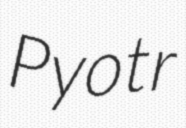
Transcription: Pyotr